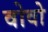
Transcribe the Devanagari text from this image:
वोवो